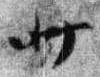
廿